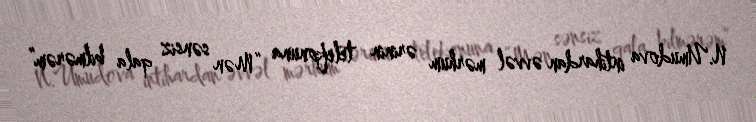
N.Umudova intihardan əvvəl mərhum ərinin telefonuna “Mən sənsiz qala bilmərəm”